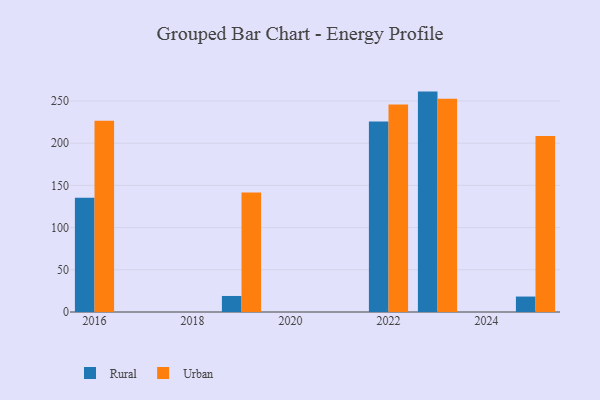
{"axis": {"x": "Year", "y": "Temperature (°C)"}, "legend": ["Rural", "Urban"], "data": [{"x": "2022", "y": 225.8, "type": "Rural"}, {"x": "2022", "y": 245.8, "type": "Urban"}, {"x": "2019", "y": 19.0, "type": "Rural"}, {"x": "2019", "y": 141.7, "type": "Urban"}, {"x": "2025", "y": 18.3, "type": "Rural"}, {"x": "2025", "y": 208.4, "type": "Urban"}, {"x": "2016", "y": 135.2, "type": "Rural"}, {"x": "2016", "y": 226.7, "type": "Urban"}, {"x": "2023", "y": 261.1, "type": "Rural"}, {"x": "2023", "y": 252.7, "type": "Urban"}]}